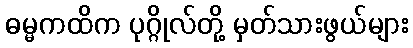
ဓမ္မကထိက ပုဂ္ဂိုလ်တို့ မှတ်သားဖွယ်များ